Scottish Leaving Certificate Examination, 1960
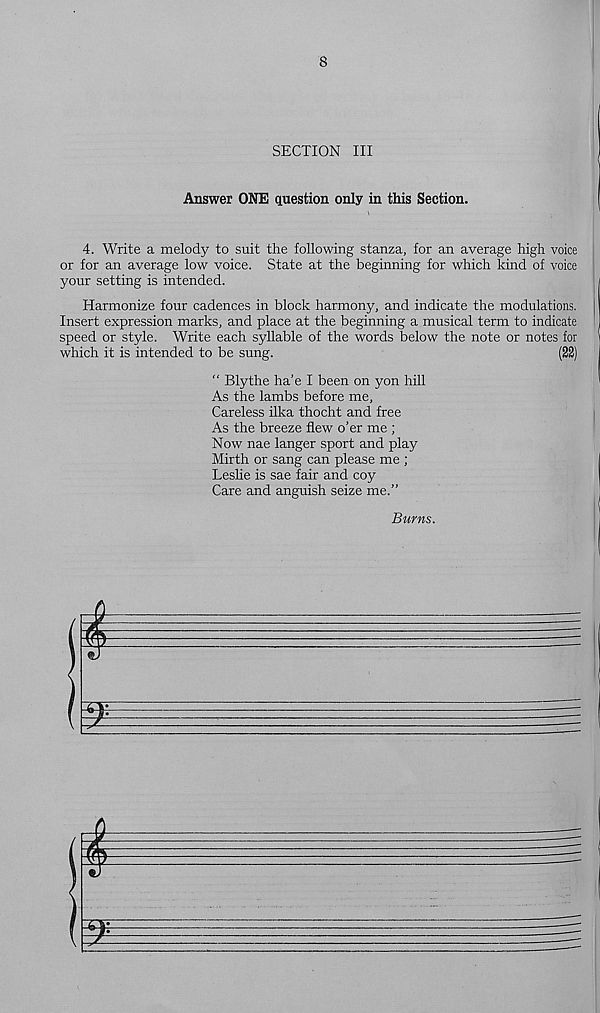
8
SECTION III
Answer ONE question only in this Section.
4. Write a melody to suit the following stanza, for an average high voice
or for an average low voice. State at the beginning for which kind of voice
your setting is intended.
Harmonize four cadences in block harmony, and indicate the modulations.
Insert expression marks, and place at the beginning a musical term to indicate
speed or style. Write each syllable of the words below the note or notes for
which it is intended to be sung.
(22)
“ Blythe ha’e I been on yon hill
As the lambs before me.
Careless ilka thocht and free
As the breeze flew o’er me ;
Now nae langer sport and play
Mirth or sang can please me ;
Leshe is sae fair and coy
Care and anguish seize me.”
Burns.